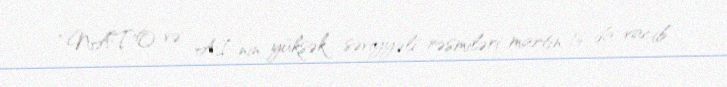
“NATO və Aİ-nin yüksək səviyyəli rəsmiləri martın 16-da vacib